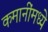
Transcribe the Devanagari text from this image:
कमानींमध्ये